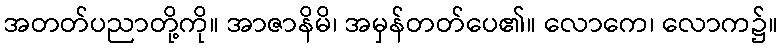
အတတ်ပညာတို့ကို။ အာဇာနိမိ၊ အမှန်တတ်ပေ၏။ လောကေ၊ လောက၌။